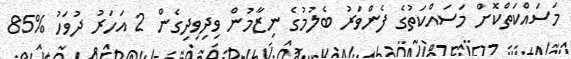
މަސައްކަތްކޮށް މަސައްކަތުގެ ފެންވަރު ބެލުމުގެ ނިޒާމުން ވިދިވިދިގެން 2 އަހަރު ދުވަހު %85